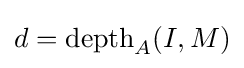
d=\operatorname {depth} _{A}(I,M)